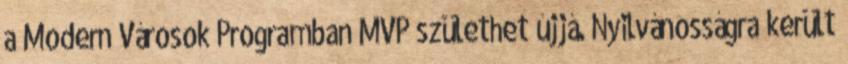
a Modern Városok Programban MVP születhet újjá. Nyilvánosságra került